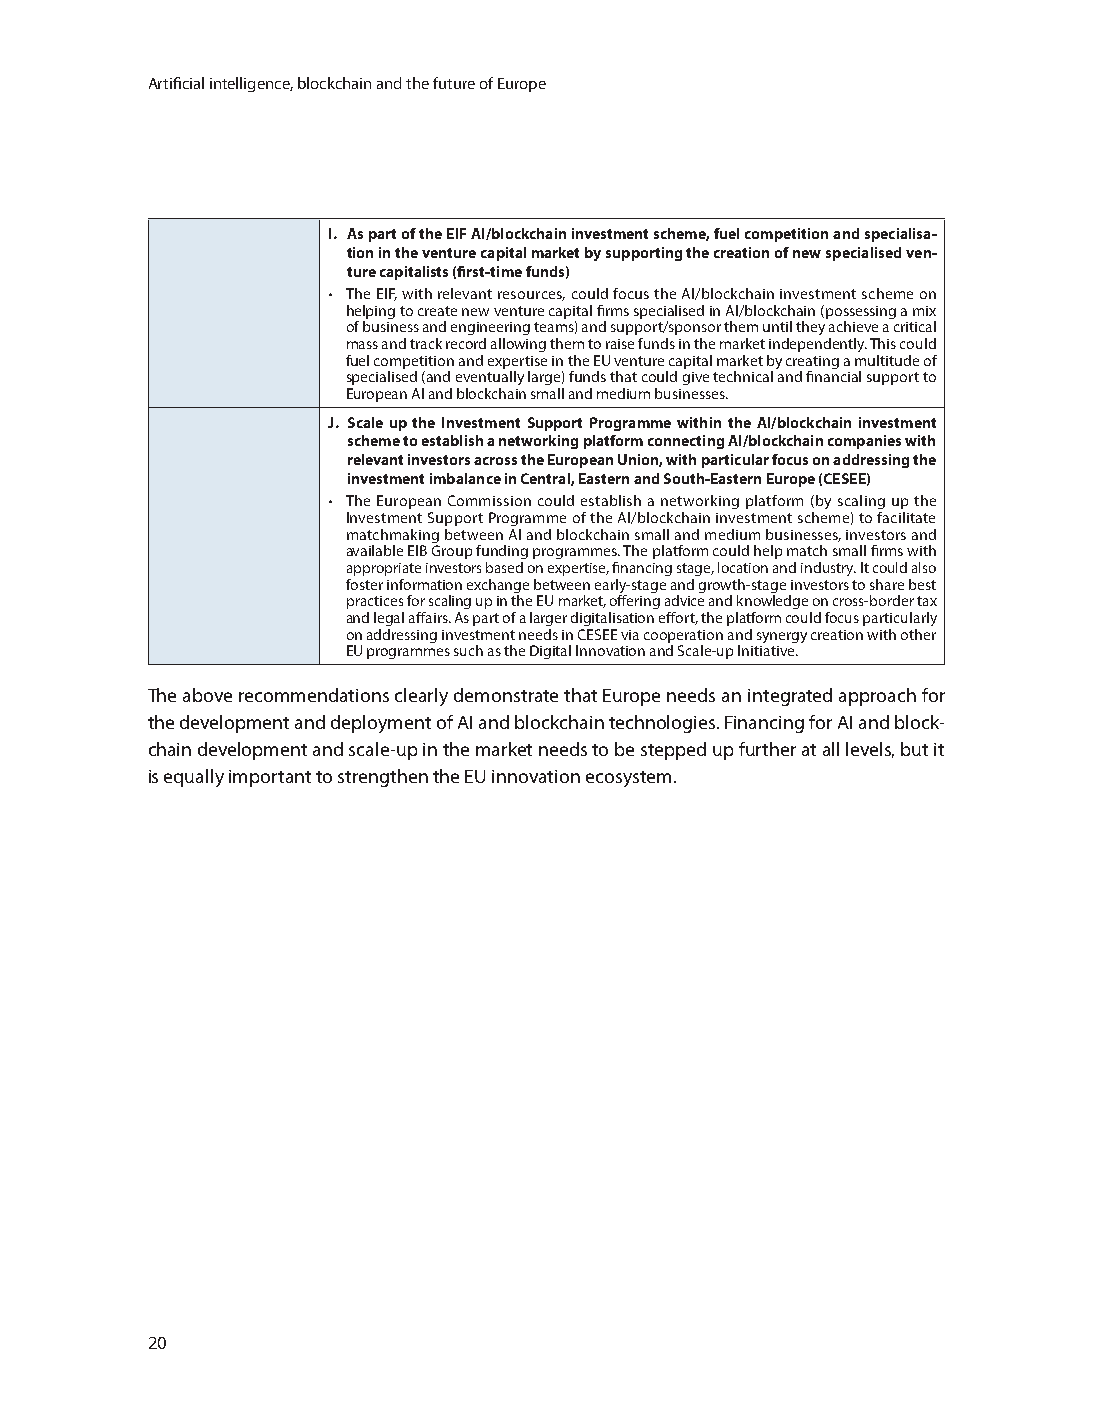
Artificial intelligence, blockchain and the future of Europe
 I. As part of the EIF AI/blockchain investment scheme, fuel competition and specialisa-
 tion in the venture capital market by supporting the creation of new specialised ven-
 ture capitalists (first-time funds)
 • The EIF, with relevant resources, could focus the AI/blockchain investment scheme on
 helping to create new venture capital firms specialised in AI/blockchain (possessing a mix
 of business and engineering teams) and support/sponsor them until they achieve a critical
 mass and track record allowing them to raise funds in the market independently. This could
 fuel competition and expertise in the EU venture capital market by creating a multitude of
 specialised (and eventually large) funds that could give technical and financial support to
 European AI and blockchain small and medium businesses.
 J. Scale up the Investment Support Programme within the AI/blockchain investment
 scheme to establish a networking platform connecting AI/blockchain companies with
 relevant investors across the European Union, with particular focus on addressing the
 investment imbalance in Central, Eastern and South-Eastern Europe (CESEE)
 • The European Commission could establish a networking platform (by scaling up the
 Investment Support Programme of the AI/blockchain investment scheme) to facilitate
 matchmaking between AI and blockchain small and medium businesses, investors and
 available EIB Group funding programmes. The platform could help match small firms with
 appropriate investors based on expertise, financing stage, location and industry. It could also
 foster information exchange between early-stage and growth-stage investors to share best
 practices for scaling up in the EU market, offering advice and knowledge on cross-border tax
 and legal affairs. As part of a larger digitalisation effort, the platform could focus particularly
 on addressing investment needs in CESEE via cooperation and synergy creation with other
 EU programmes such as the Digital Innovation and Scale-up Initiative.
 The above recommendations clearly demonstrate that Europe needs an integrated approach for
 the development and deployment of AI and blockchain technologies. Financing for AI and block-
 chain development and scale-up in the market needs to be stepped up further at all levels, but it
 is equally important to strengthen the EU innovation ecosystem.
 20